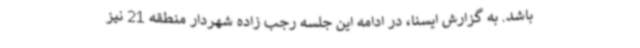
باشد. به گزارش ایسنا، در ادامه این جلسه رجب زاده شهردار منطقه 21 نیز